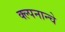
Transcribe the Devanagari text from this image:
क्ल्पनान्चे